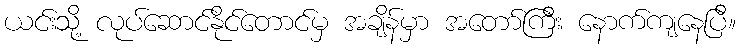
ယင်းသို့ လုပ်ဆောင်နိုင်တောင်မှ အချိန်မှာ အတော်ကြီး နောက်ကျနေပြီ။